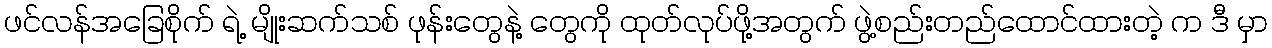
ဖင်လန်အခြေစိုက် ရဲ့ မျိုးဆက်သစ် ဖုန်းတွေနဲ့ တွေကို ထုတ်လုပ်ဖို့အတွက် ဖွဲ့စည်းတည်ထောင်ထားတဲ့ က ဒီ မှာ